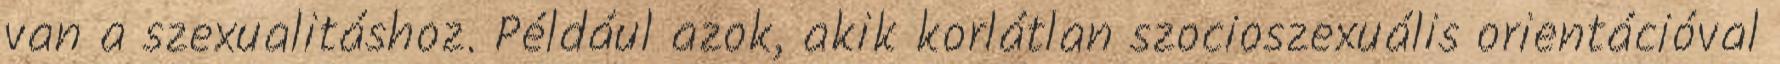
van a szexualitáshoz. Például azok, akik korlátlan szocioszexuális orientációval